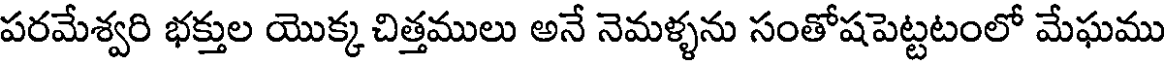
పరమేశ్వరి భక్తుల యొక్క చిత్తములు అనే నెమళ్ళను సంతోషపెట్టటంలో మేఘము